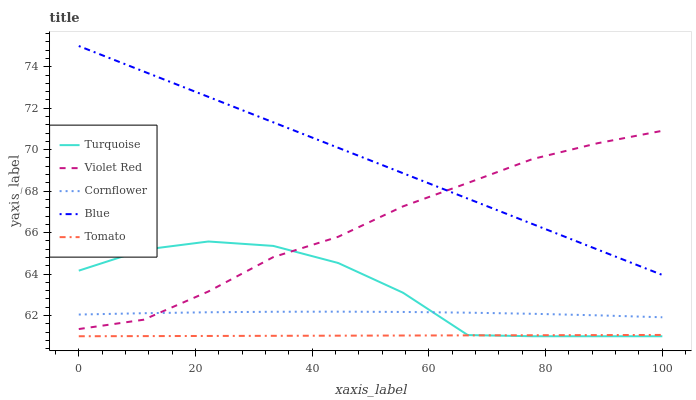
| xaxis_label | Turquoise | Violet Red | Cornflower | Blue | Tomato |
 | --- | --- | --- | --- | --- | --- |
 | 0 | 64.2 | 61.3 | 62 | 75 | 61 |
 | 11.1 | 65.2 | 61.8 | 62.1 | 73.8 | 61 |
 | 22.2 | 65.6 | 63.2 | 62.2 | 72.5 | 61 |
 | 33.3 | 65.4 | 64.8 | 62.2 | 71.3 | 61 |
 | 44.4 | 64.5 | 65.8 | 62.2 | 70.1 | 61 |
 | 55.6 | 63.1 | 67.3 | 62.2 | 68.9 | 61 |
 | 66.7 | 61.1 | 68.4 | 62.1 | 67.6 | 61 |
 | 77.8 | 61 | 69.5 | 62.1 | 66.4 | 61 |
 | 88.9 | 61 | 70.3 | 62 | 65.2 | 61.1 |
 | 100 | 61 | 70.9 | 61.9 | 64 | 61.1 |